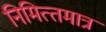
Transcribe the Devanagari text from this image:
निमित्‍तमात्र